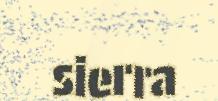
sierra